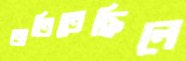
তাতিতেছিলে